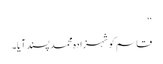
‘‘
قاسم کو شہزادہ محمد پسند آیا۔